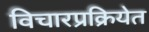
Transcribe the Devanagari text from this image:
विचारप्रक्रियेत